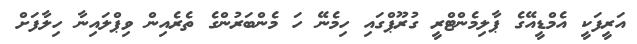
އަރީފަކީ އެމްޑީއޭގެ ޕާލިމެންޓްރީ ގުރޫޕްގައި ހިމެނޭ ހަ މެންބަރުންގެ ތެރެއިން ވިޕްލައިނާ ހިލާފަށް